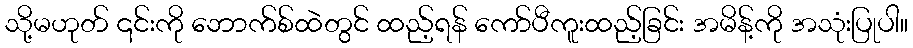
သို့မဟုတ် ၎င်းကို ဘောက်စ်ထဲတွင် ထည့်ရန် ကော်ပီကူးထည့်ခြင်း အမိန့်ကို အသုံးပြုပါ။